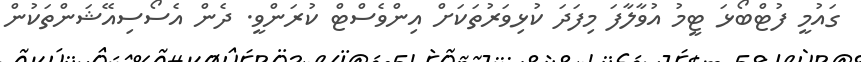
ގައުމީ ފުޓްބޯޅަ ޓީމު އުވާލާފަ މިފަދަ ކުޅިވަރުތަކަށް އިންވެސްޓް ކުރަންވީ. ދެން އެސޯސިއޭޝަންތަކުން